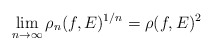
\begin{align*}\lim_{n\to\infty}\rho_n(f, E)^{1/n}= \rho(f, E)^2\end{align*}